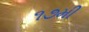
૧૭મી